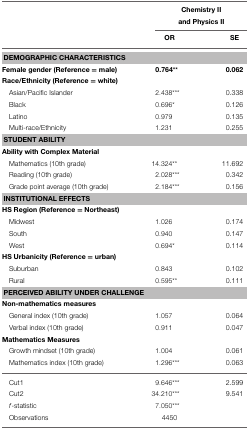
<table><thead><tr><td></td><td colspan="2"><b>Chemistry II and Physics II</b></td></tr><tr><td></td><td><b>OR</b></td><td><b>SE</b></td></tr></thead><tbody><tr><td colspan="3"><b>DEMOGRAPHIC CHARACTERISTICS</b></td></tr><tr><td><b>Female gender (Reference = male)</b></td><td><b>0.764<sup>**</sup></b></td><td><b>0.062</b></td></tr><tr><td colspan="3"><b>Race/Ethnicity (Reference = white)</b></td></tr><tr><td>Asian/Pacific Islander</td><td>2.438<sup>***</sup></td><td>0.338</td></tr><tr><td>Black</td><td>0.696<sup>*</sup></td><td>0.126</td></tr><tr><td>Latino</td><td>0.979</td><td>0.135</td></tr><tr><td>Multi-race/Ethnicity</td><td>1.231</td><td>0.255</td></tr><tr><td colspan="3"><b>STUDENT ABILITY</b></td></tr><tr><td colspan="3"><b>Ability with Complex Material</b></td></tr><tr><td>Mathematics (10th grade)</td><td>14.324<sup>**</sup></td><td>11.692</td></tr><tr><td>Reading (10th grade)</td><td>2.028<sup>***</sup></td><td>0.342</td></tr><tr><td>Grade point average (10th grade)</td><td>2.184<sup>***</sup></td><td>0.156</td></tr><tr><td colspan="3"><b>INSTITUTIONAL EFFECTS</b></td></tr><tr><td colspan="3"><b>HS Region (Reference = Northeast)</b></td></tr><tr><td>Midwest</td><td>1.026</td><td>0.174</td></tr><tr><td>South</td><td>0.940</td><td>0.147</td></tr><tr><td>West</td><td>0.694<sup>*</sup></td><td>0.114</td></tr><tr><td colspan="3"><b>HS Urbanicity (Reference = urban)</b></td></tr><tr><td>Suburban</td><td>0.843</td><td>0.102</td></tr><tr><td>Rural</td><td>0.595<sup>**</sup></td><td>0.111</td></tr><tr><td colspan="3"><b>PERCEIVED ABILITY UNDER CHALLENGE</b></td></tr><tr><td colspan="3"><b>Non-mathematics measures</b></td></tr><tr><td>General index (10th grade)</td><td>1.057</td><td>0.064</td></tr><tr><td>Verbal index (10th grade)</td><td>0.911</td><td>0.047</td></tr><tr><td colspan="3"><b>Mathematics Measures</b></td></tr><tr><td>Growth mindset (10th grade)</td><td>1.004</td><td>0.061</td></tr><tr><td>Mathematics index (10th grade)</td><td>1.296<sup>***</sup></td><td>0.063</td></tr><tr><td>Cut1</td><td>9.646<sup>***</sup></td><td>2.599</td></tr><tr><td>Cut2</td><td>34.210<sup>***</sup></td><td>9.541</td></tr><tr><td><i>f</i>-statistic</td><td>7.050<sup>***</sup></td><td></td></tr><tr><td>Observations</td><td>4450</td><td></td></tr></tbody></table>